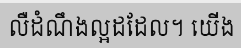
លឺដំណឹងល្អដដែល។ យើង